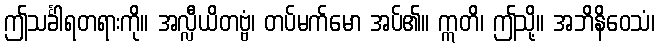
ဤသင်္ခါရတရားကို။ အလ္လီယိတဗ္ဗံ၊ တပ်မက်မော အပ်၏။ ဣတိ၊ ဤသို့။ အဘိနိဝေသံ၊